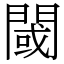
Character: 閾